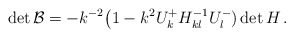
\begin{align*}\det {\cal B} = -k^{-2} \big(1 - k^2U^+_kH^{-1}_{kl}U^-_l)\det H\, .\end{align*}